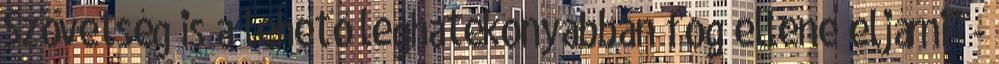
Szövetség is a lehető leghatékonyabban fog ellene eljárni" -